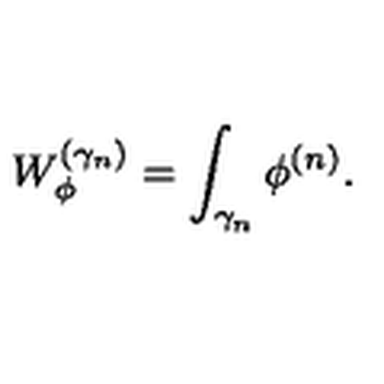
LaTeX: W _ { \phi } ^ { ( \gamma _ { n } ) } = \int _ { \gamma _ { n } } \phi ^ { ( n ) } .